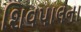
શિવપાલના